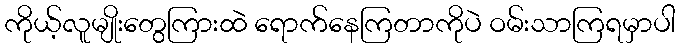
ကိုယ့်လူမျိုးတွေကြားထဲ ရောက်နေကြတာကိုပဲ ဝမ်းသာကြရမှာပါ